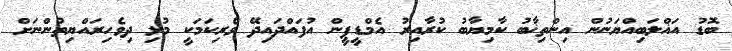
ބޮޑު އަޣްލަބިއްޔަނުން އިންތިޚާބު ކާމިޔާބު ކުރާއިރު އެމްޑީޕީން އުފައްދައިދޭ ވެރިކަމަކީ މުޅި ދިވެހިރައްޔިތުންނަށް